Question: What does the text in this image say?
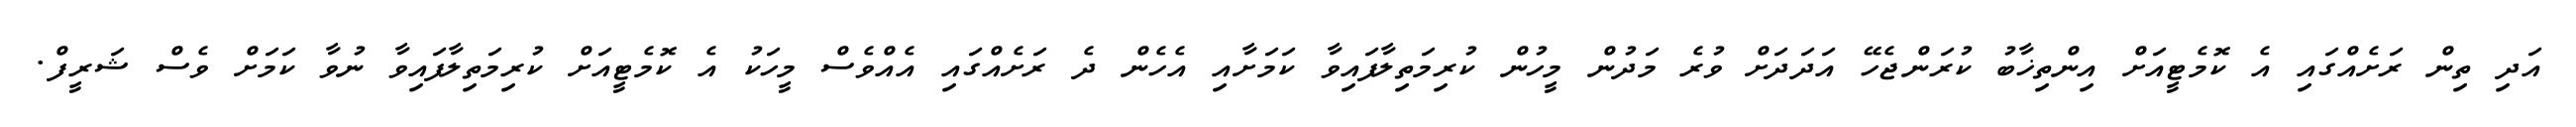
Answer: އަދި ތިން ރަށެއްގައި އެ ކޮމެޓީއަށް އިންތިޚާބު ކުރަންޖެހޭ އަދަދަށް ވުރެ މަދުން މީހުން ކުރިމަތިލާފައިވާ ކަމަށާއި އެހެން ދެ ރަށެއްގައި އެއްވެސް މީހަކު އެ ކޮމެޓީއަށް ކުރިމަތިލާފައިވާ ނުވާ ކަމަށް ވެސް ޝަރީފް.